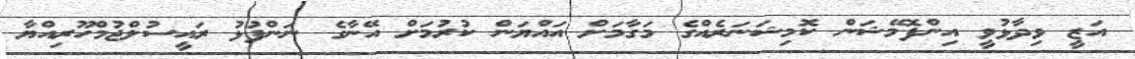
އަޒީ ވިދާޅުވީ އިންފޮމޭޝަން ކޮމިޝަނަރެއްގެ މަގާމަށް އައްޔަން ކުރުމަށް އޭނާގެ ނަންފުޅު ރައީސުލްޖުމްހޫރިއްޔާ